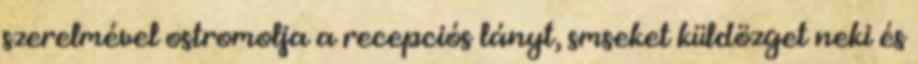
szerelmével ostromolja a recepciós lányt, smseket küldözget neki és